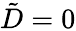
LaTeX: \tilde{D}=0